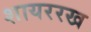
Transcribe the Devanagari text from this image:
शायररख